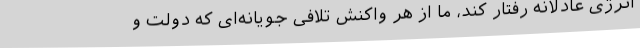
انرژی عادلانه رفتار کند، ما از هر واکنش تلافی جویانه‌ای که دولت و